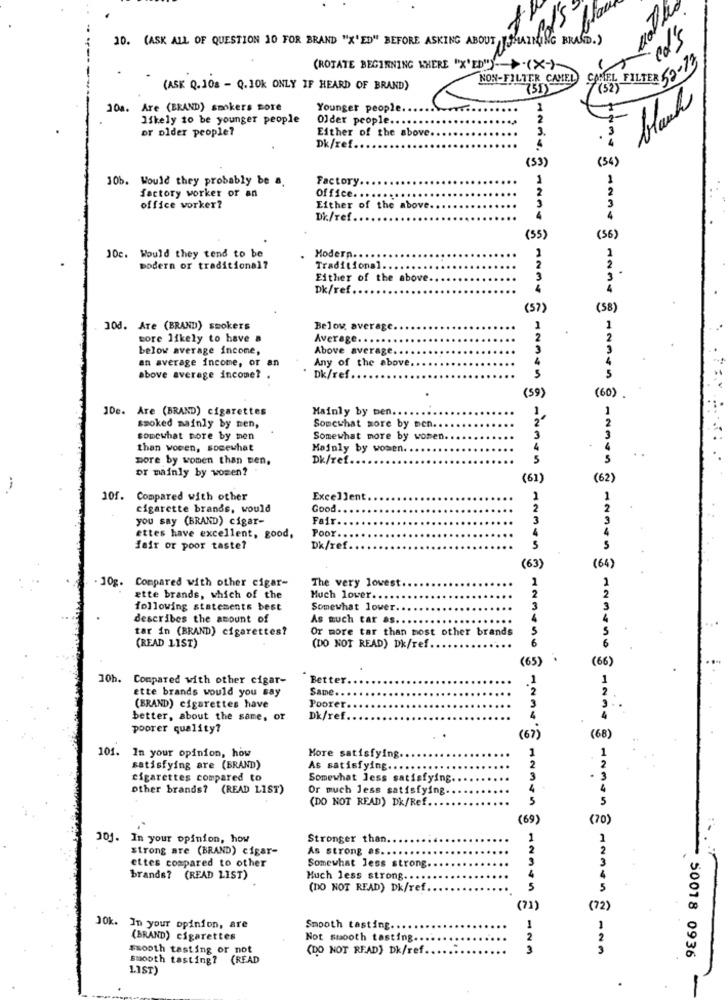
cd's
10. (ASK ALL OF QUESTION 10 FOR BRAND "X'ED" BEFORE ASKING ABOUT, THAINING BRAND.)
(ROTATE BEGINNING WHERE "X'ED")->(X-)~
COL FILTER 62-13
NON-FILTER CAMEL
(ASK Q.108 - Q.10k ONLY IF HEARD OF BRAND)
751)
bland
10a. Are (BRAND) smokers more
Younger people.
1
likely to be younger people
Older people.
or older people?
Either of the above.
Dk/ref.
(54)
(53)
10b. Would they probably be a.
Factory
1
factory worker or an
Office. .
office worker?
Either of the above
Dk/ref.
(55)
(56)
J0c. Would they tend to be
Modern.
modern or traditional?
Traditional
Either of the above
Dk/ref.
(57
(58)
10d. ATe (BRAND) smokers
Below average
more likely to have a
Average.
below average income,
Above average.
an average income, or an
Any of the above
above average income? .
Dk/ref.
(59)
(60)
1De. Are (BRAND) cigarettes
Mainly by ben ..
smoked mainly by men,
Somewhat more by men ....
somewhat pore by men
Somewhat more by women.
than woven, somewhat
Mainly by women. .
more by women than sen.
Dk/ref.
..
or mainly by women?
(61)
(62)
101.
Compared with other
Excellent
cigarette brands, would
Good
you say (BRAND) cigar-
Fait
Poor.
ettes have excellent, good,
fair or poor taste?
Dk/ref
(63)
(64)
. 10g. Compared with other cigar-
The very lowest
ætte brands, which of the
Much lower ..
following statements best
Somewhat lower.
describes the amount of
As much tar as ..
tar in (BRAND) cigarettes?
Or more tar than most other brands
(DO NOT READ) Dk/ref.
(READ LIST)
(65)
(66)
10h. Compared with other cigar-
Better.
ette brands would you say
Same.
(BRAND) cigarettes have
Poorer.
better, about the same, or
Dk/ref
poorer quality?
(67)
(68)
101. In your opinion, how
More satisfying.
1
satisfying are (BRAND)
As satisfying ..
2
cigarettes compared to
Somewhat Jess satisfying.
3
.
other brands? (READ LIST)
Or much less satisfying.
4
(DO NOT READ) Dk/Ref.
5
(69)
(70)
J0j. In your opinion, how
Stronger than.
1
1
strong are (BRAND) cigar-
As strong as
2
2
ettes compared to other
3
Somewhat less strong.
brands? (READ LIST)
Much less strong ....
4
(DO NOT READ) Dk/ref
5
(71)
(72)
J0k. In your opinion, are
Smooth tasting
1
(BRAND) cigarettes
Not smooth tasting ...
2
Smooth tasting or not
(DO NOT READ) Dk/ref
3
123
smooth tasting? (READ
50018 0936
1.1ST)